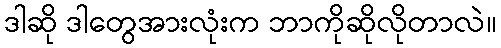
ဒါဆို ဒါတွေအားလုံးက ဘာကိုဆိုလိုတာလဲ။